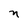
Character: n